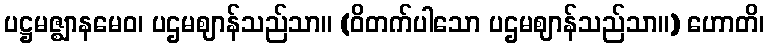
ပဋ္ဌမဇ္ဈာနမေဝ၊ ပဌမဈာန်သည်သာ။ (ဝိတက်ပါသော ပဌမဈာန်သည်သာ။) ဟောတိ၊